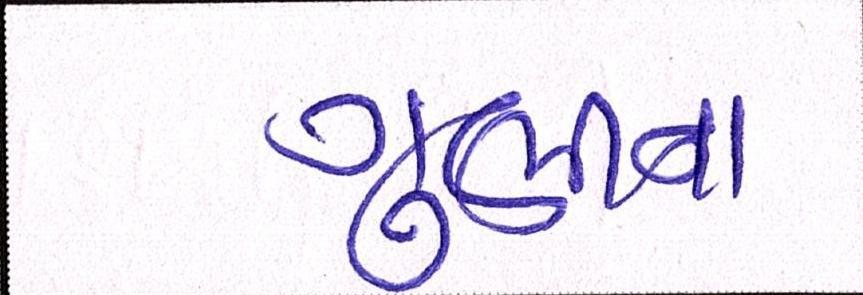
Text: ગુણીના